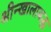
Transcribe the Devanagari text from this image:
श्रीन्खालाबद्ध